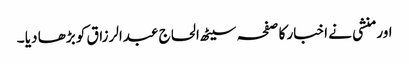
اور منشی نے اخبار کا صفحہ سیٹھ الحاج عبدالرزاق کو بڑھا دیا ۔